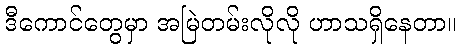
ဒီကောင်တွေမှာ အမြဲတမ်းလိုလို ဟာသရှိနေတာ။